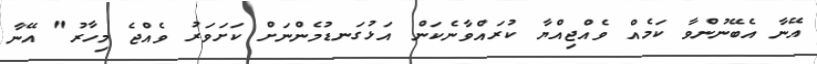
އޭނާ އެބޭނުންވާ ކަމެއް ވެއްޖިއްޔާ ކުރައްވާނެކަން އަޅުގަނޑުމެންނަށް ކަށަވަރު ވެއްޖެ މިހާރު" އޭނާ